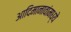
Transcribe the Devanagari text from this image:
आदिमानावांमध्ये